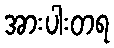
အားပါးတရ